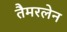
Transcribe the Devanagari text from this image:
तैमरलेन